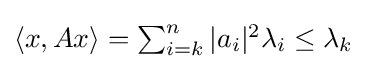
{\textstyle \langle x,Ax\rangle =\sum _{i=k}^{n}|a_{i}|^{2}\lambda _{i}\leq \lambda _{k}}